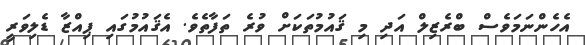
އެހެންނަމަވެސް ބްރެޒިލް އަދި މި ޤައުމުތަކަށް ވުރެ ތަފާތެވެ. އެޤައުމުގައި ޕިއްޒާ ޑެލިވަރީ